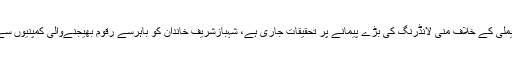
تفصیلات کے مطابق شہباز شریف فیملی کے خلاف منی لانڈرنگ کی بڑے پیمانے پر تحقیقات جاری ہے، شہبازشریف خاندان کو باہرسے رقوم بھیجنےوالی کمپنیوں سے ان کے فرنٹ مین بھی لاعلم نکلے۔